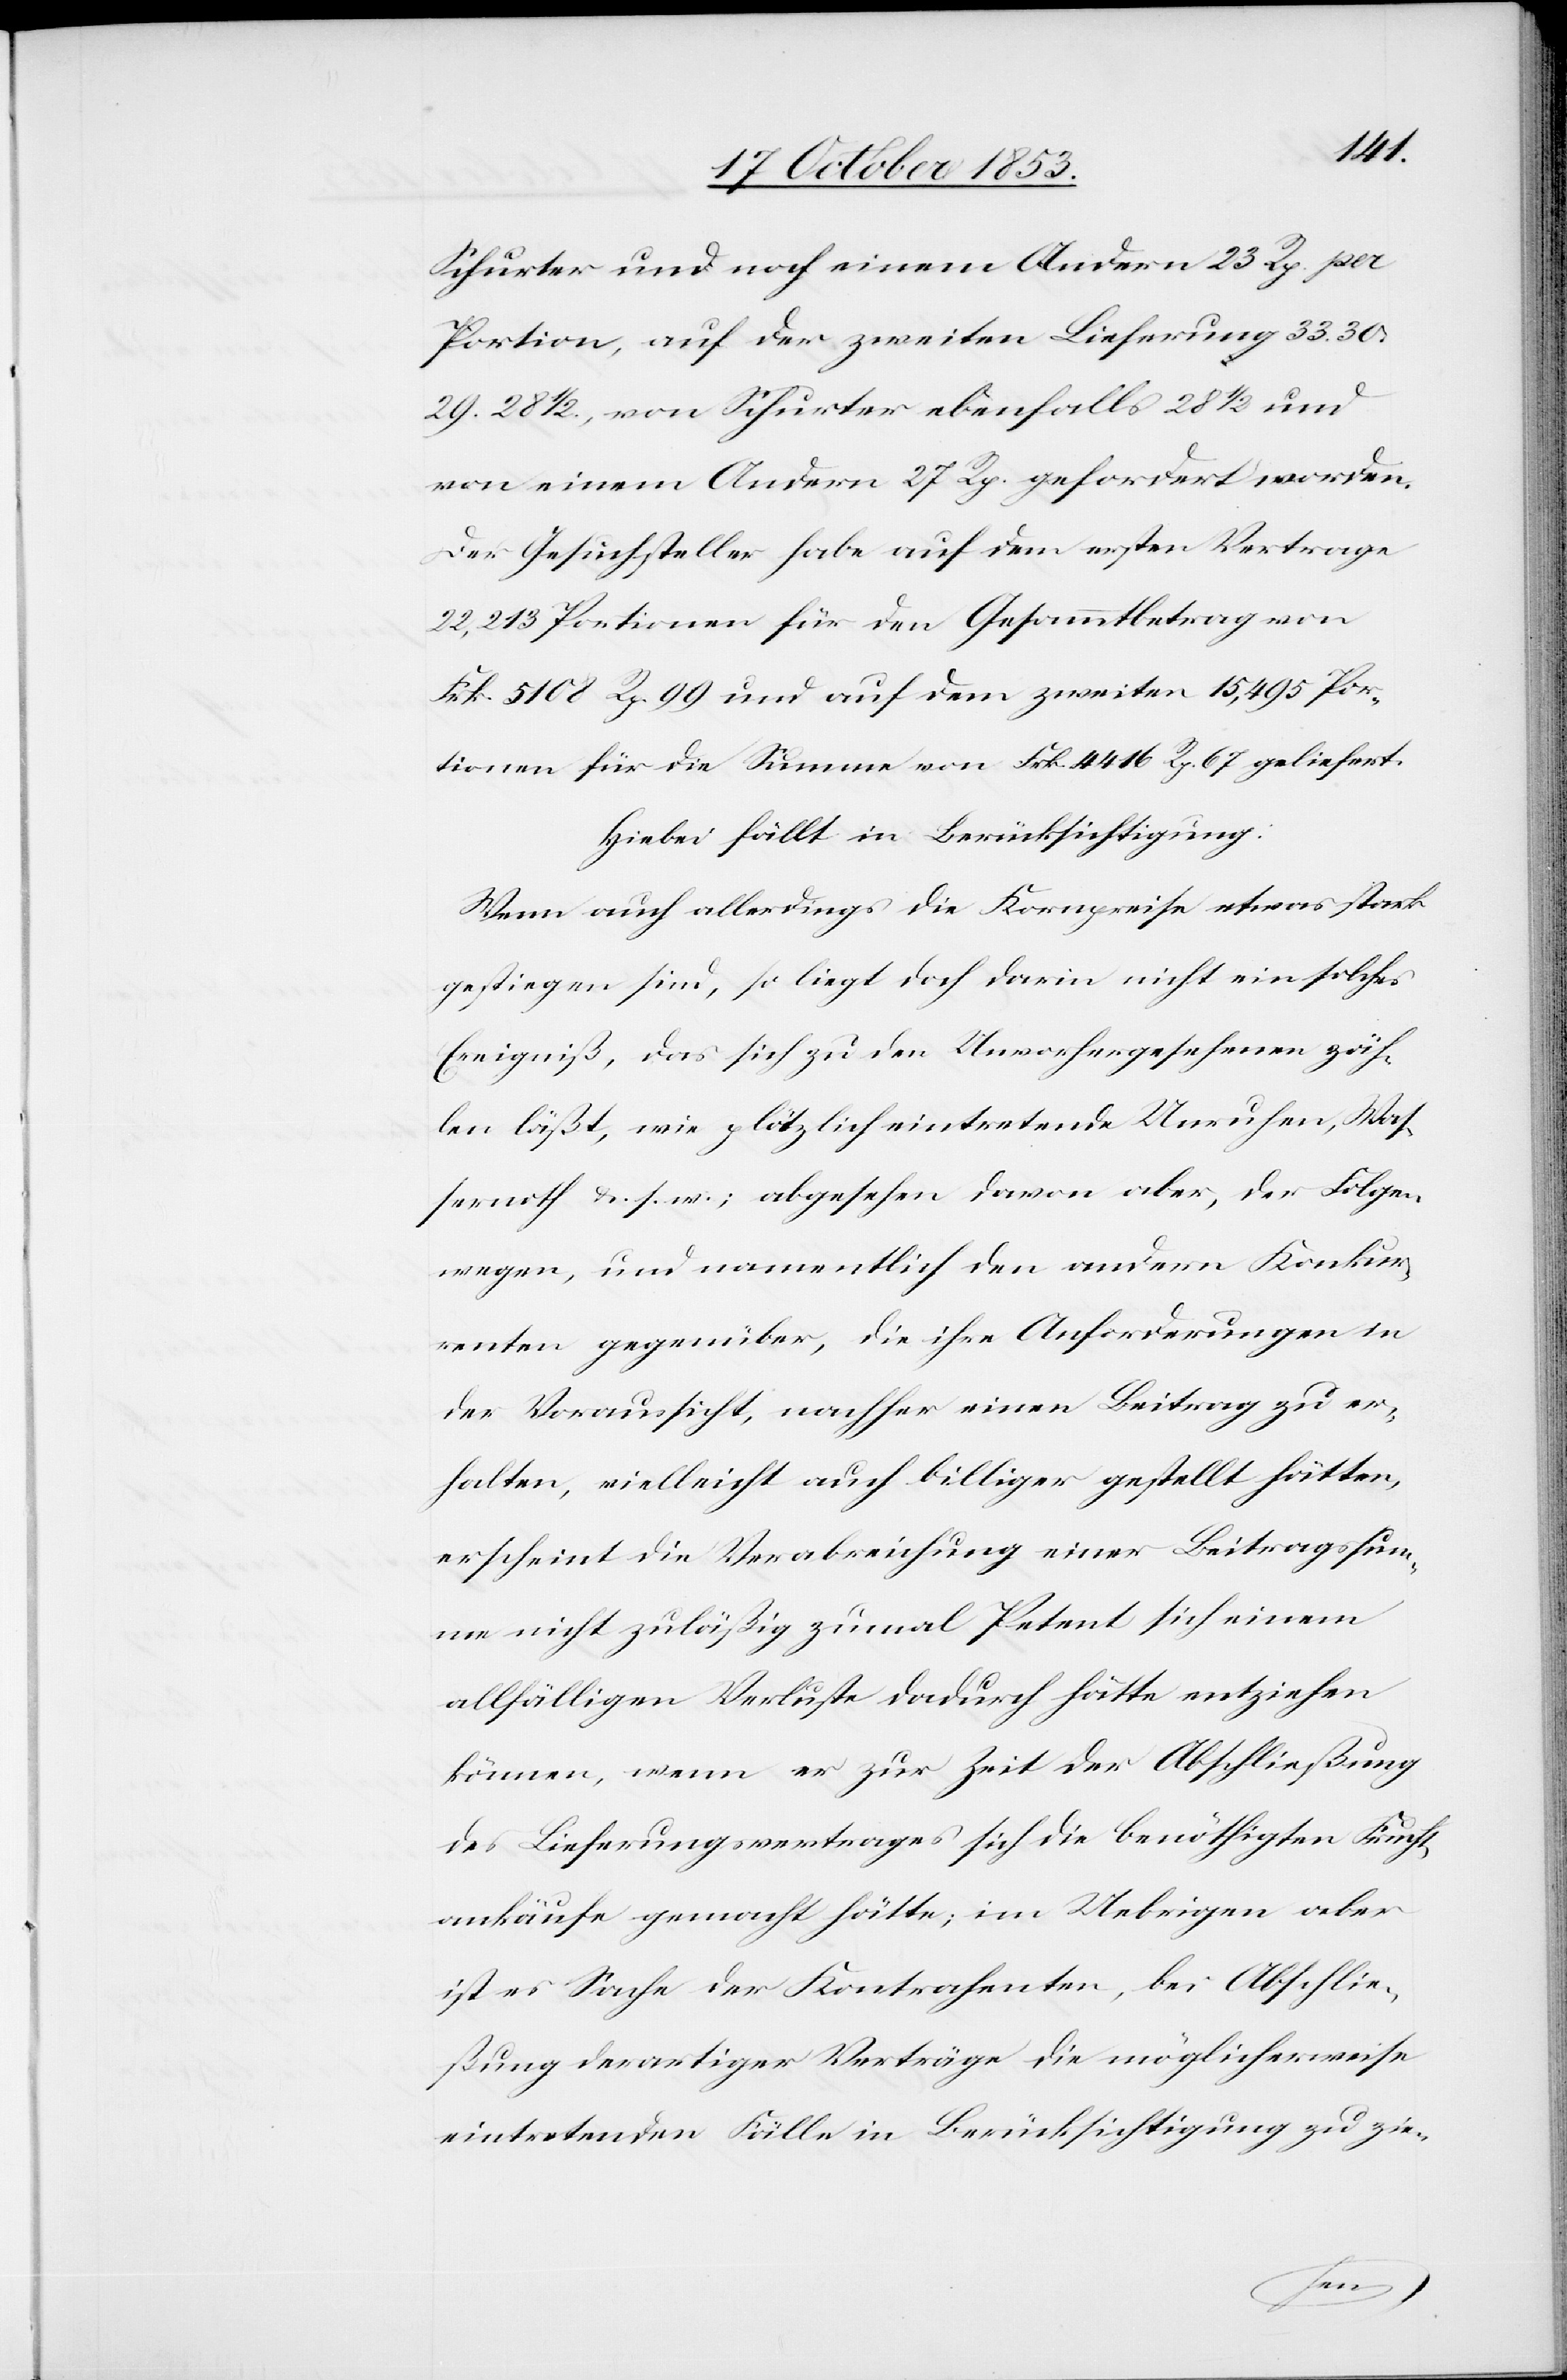
Schurter und noch einem Andern 23 Rp. pro
Portion, auf der zweiten Lieferung 33. 30.
29. 28 1/2, von Schurter ebenfalls 28 1/2 und
von einem Andern 27 Rp. gefordert worden.
Der Gesuchsteller habe auf dem ersten Vertrage
22,213 Portionen für den Gesammtbetrag von
Frk. 5108 Rp. 99 und auf dem zweiten 15,495 Por¬
tionen für die Summe von Frk. 4416 Rp. 67 geliefert.
Hiebei fällt in Berücksichtigung:
Wenn auch allerdings die Kornpreise etwas stark
gestiegen sind, so liegt doch darin nicht ein solches
Ereigniß, das sich zu den Unvorhergesehenen zäh¬
len läßt, wie plötzlich eintretende Unruhen, Was¬
sernoth u. s. w., abgesehen davon aber, der Folgen
wegen, und namentlich den andern Konkur¬
renten gegenüber, die ihre Anforderungen in
der Voraussicht, nachher einen Beitrag zu er¬
halten, vielleicht auch billiger gestellt hätten,
erscheint die Verabreichung einer Beitragssum¬
me nicht zuläßig zumal Petent sich einem
allfälligen Verluste dadurch hätte entziehen
können, wenn er zur Zeit der Abschließung
des Lieferungsvertrages sich die benöthigten Frucht¬
ankäufe gemacht hätte, im Uebrigen aber
ist es Sache der Kontrahenten, bei Abschlie¬
ßung derartiger Verträge die möglicherweise
eintretenden Fälle in Berücksichtigung zu zie-
an¬